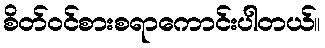
စိတ်ဝင်စားစရာကောင်းပါတယ်။